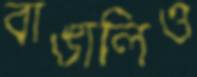
বাঙালিও